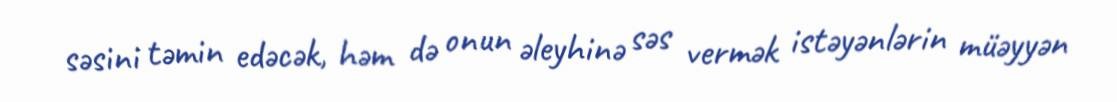
səsini təmin edəcək, həm də onun əleyhinə səs vermək istəyənlərin müəyyən